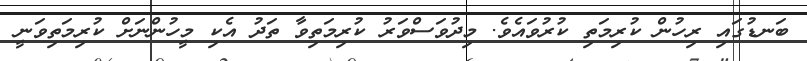
ބަނޑުގައި ރިހުން ކުރިމަތި ކުރުވައެވެ. މިދުވަސްވަރު ކުރިމަތިވާ ތަދު އެކި މީހުންނަށް ކުރިމަތިވަނީ